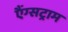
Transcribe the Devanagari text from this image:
एैंग्सट्राम